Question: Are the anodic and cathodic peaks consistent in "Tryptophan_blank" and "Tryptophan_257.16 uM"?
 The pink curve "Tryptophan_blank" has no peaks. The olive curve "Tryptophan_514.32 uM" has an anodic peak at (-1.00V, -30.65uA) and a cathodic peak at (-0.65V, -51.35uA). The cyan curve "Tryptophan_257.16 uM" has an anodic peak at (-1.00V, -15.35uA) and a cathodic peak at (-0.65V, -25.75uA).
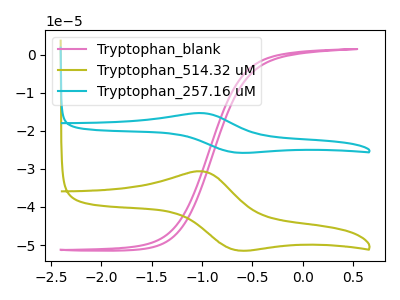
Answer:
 <answer>No, "Tryptophan_blank" and "Tryptophan_257.16 uM" have a different number of peaks.</answer>
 <eval>different_amount</eval>